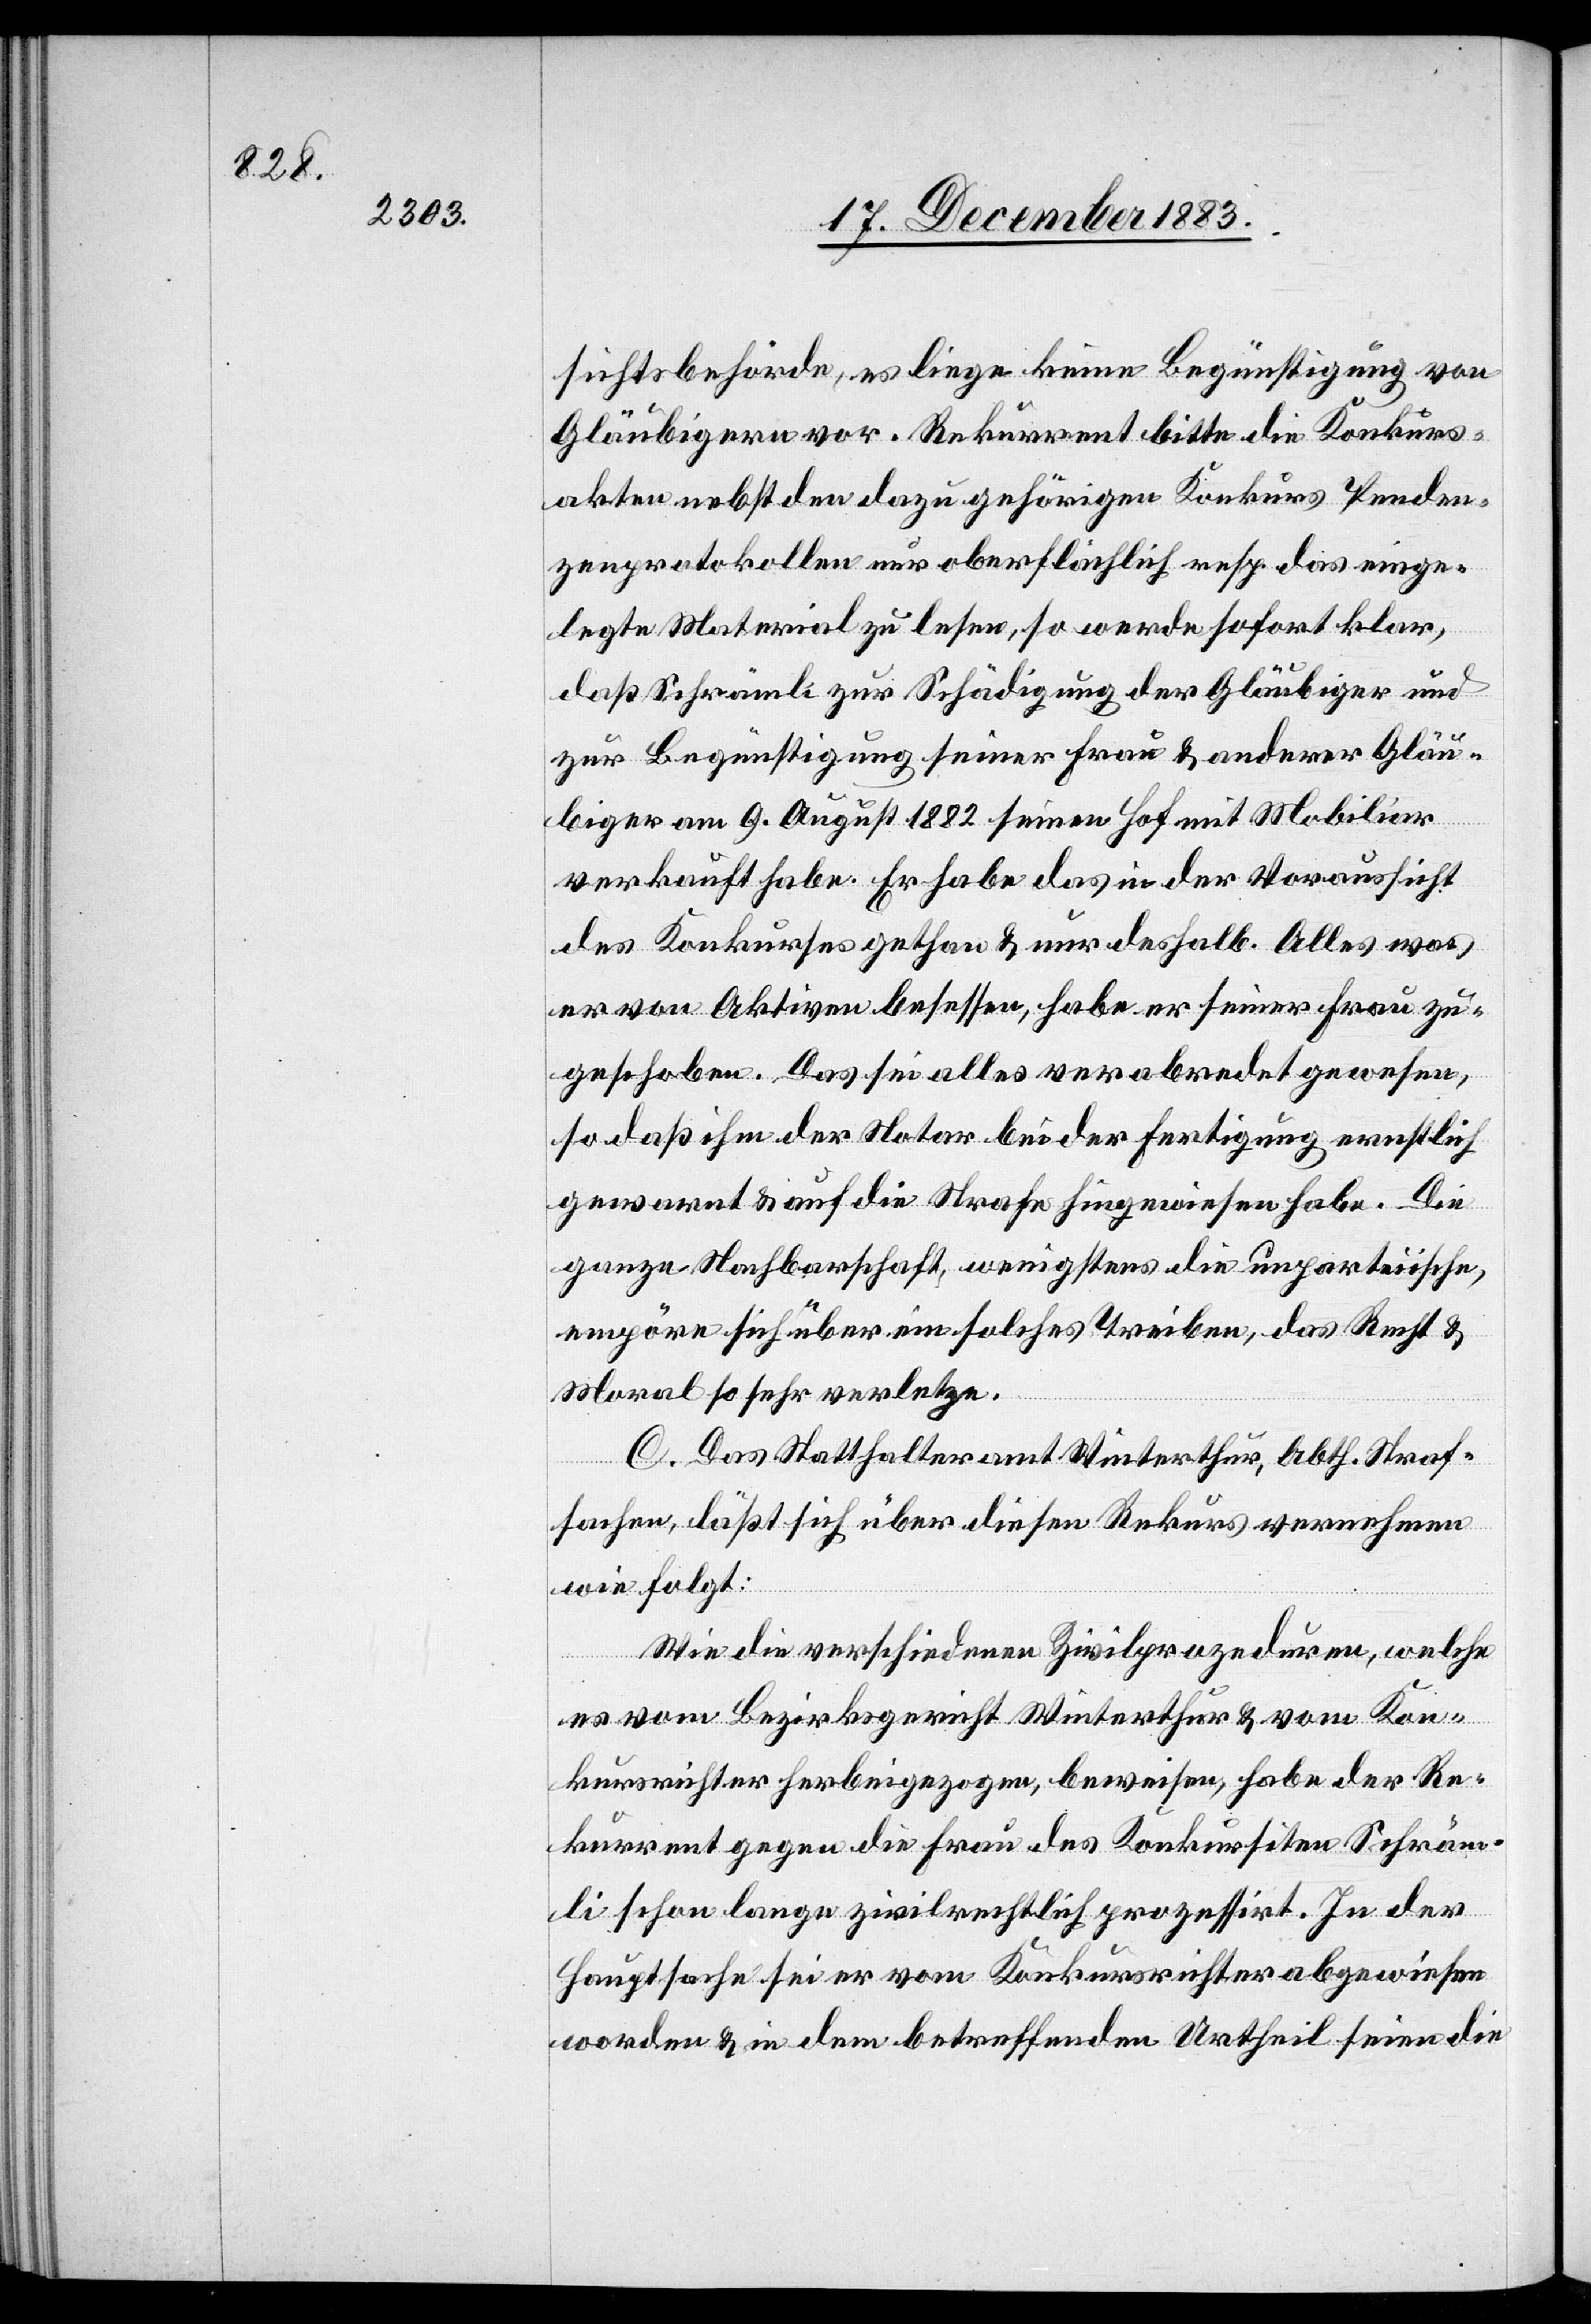
sichtsbehörde, es liege keine Begünstigung von
Gläubigern vor. Rekurrent bitte die Konkurs¬
akten nebst den dazu gehörigen Konkurs Penden¬
zenprotokollen nur oberflächlich resp. das einge¬
legte Material zu lesen, so werde sofort klar,
daß Schrämli zur Schädigung der Gläubiger und
zur Begünstigung seiner Frau & anderer Gläu¬
biger am 9. August 1882 seinen Hof mit Mobiliar
verkauft habe. Er habe das in der Voraussicht
des Konkurses gethan & nur deshalb. Alles was
er von Aktiven besessen, habe er seiner Frau zu¬
geschoben. Das sei alles verabredet gewesen,
so daß ihm der Notar bei der Fertigung ernstlich
gewarnt & auf die Strafe hingewiesen habe. Die
ganze Nachbarschaft, wenigstens die unparteiische,
empöre sich über ein solches Treiben, das Recht &
Moral so sehr verletze.
C. Das Statthalteramt Winterthur, Abth. Straf¬
sachen, läßt sich über diesen Rekurs vernehmen
wie folgt:
Wie die verschiedenen Zivilprozeduren, welche
es vom Bezirksgericht Winterthur & vom Kon¬
kursrichter herbeigezogen, beweisen, habe der Re¬
kurrent gegen die Frau des Konkursiten Schräm¬
li schon lange zivilrechtlich prozessirt. In der
Hauptsache sei er vom Konkursrichter abgewiesen
worden & in dem betreffenden Urtheil seien die